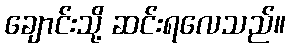
ချောင်းသို့ ဆင်းရလေသည်။